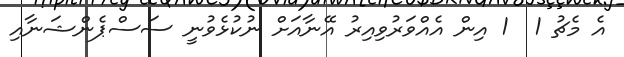
އެ މެޗު 1  1 އިން އެއްވަރުވިއިރު އޭނާއަށް ނުކުޅެވުނީ ސަސްޕެންޝަނާއި